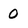
Character: 0